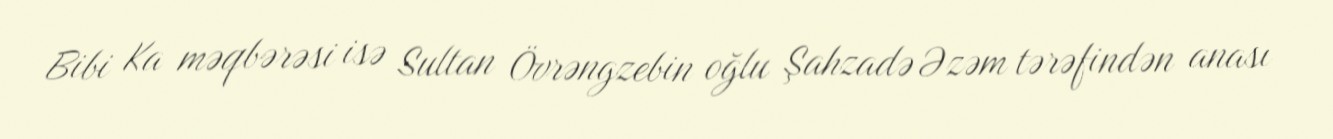
Bibi Ka məqbərəsi isə Sultan Övrəngzebin oğlu Şahzadə Əzəm tərəfindən anası